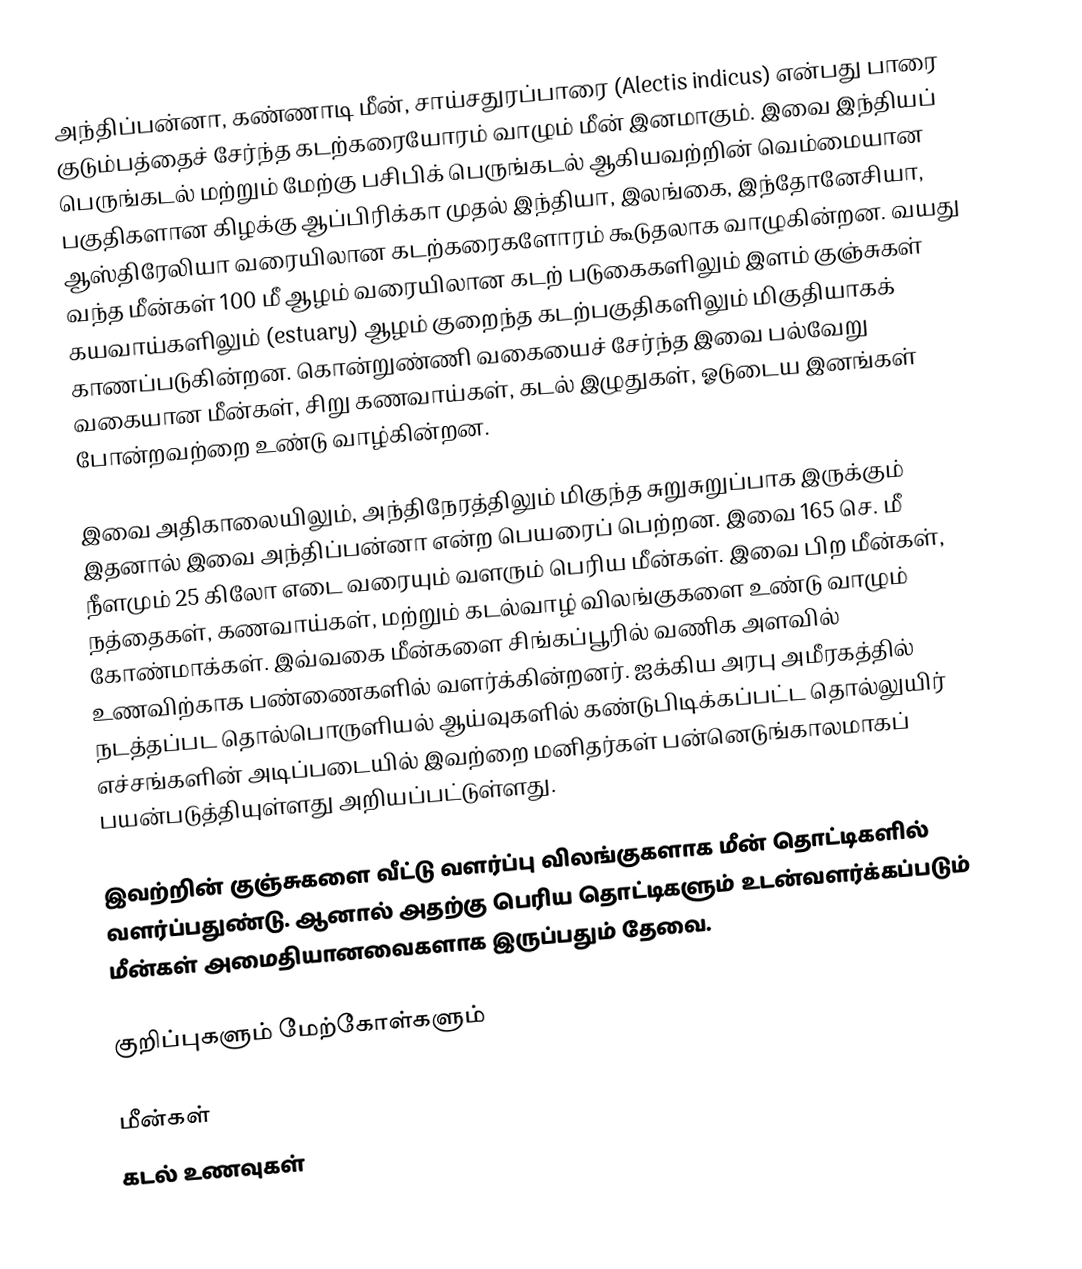
அந்திப்பன்னா,  கண்ணாடி மீன், சாய்சதுரப்பாரை (Alectis indicus) என்பது பாரை குடும்பத்தைச் சேர்ந்த கடற்கரையோரம் வாழும் மீன் இனமாகும். இவை இந்தியப் பெருங்கடல் மற்றும் மேற்கு பசிபிக் பெருங்கடல் ஆகியவற்றின் வெம்மையான பகுதிகளான கிழக்கு ஆப்பிரிக்கா முதல் இந்தியா, இலங்கை, இந்தோனேசியா, ஆஸ்திரேலியா வரையிலான கடற்கரைகளோரம் கூடுதலாக வாழுகின்றன. வயது வந்த மீன்கள் 100 மீ ஆழம் வரையிலான கடற் படுகைகளிலும் இளம் குஞ்சுகள் கயவாய்களிலும் (estuary) ஆழம் குறைந்த கடற்பகுதிகளிலும் மிகுதியாகக் காணப்படுகின்றன. கொன்றுண்ணி வகையைச் சேர்ந்த இவை பல்வேறு வகையான மீன்கள், சிறு கணவாய்கள், கடல் இழுதுகள், ஓடுடைய இனங்கள் போன்றவற்றை உண்டு வாழ்கின்றன.

இவை அதிகாலையிலும், அந்திநேரத்திலும் மிகுந்த சுறுசுறுப்பாக இருக்கும் இதனால் இவை அந்திப்பன்னா என்ற பெயரைப் பெற்றன. இவை 165 செ. மீ நீளமும் 25 கிலோ எடை வரையும் வளரும் பெரிய மீன்கள்.  இவை பிற மீன்கள், நத்தைகள், கணவாய்கள், மற்றும் கடல்வாழ் விலங்குகளை உண்டு வாழும் கோண்மாக்கள். இவ்வகை மீன்களை சிங்கப்பூரில் வணிக அளவில் உணவிற்காக பண்ணைகளில் வளர்க்கின்றனர். ஐக்கிய அரபு அமீரகத்தில் நடத்தப்பட தொல்பொருளியல் ஆய்வுகளில் கண்டுபிடிக்கப்பட்ட தொல்லுயிர் எச்சங்களின் அடிப்படையில் இவற்றை மனிதர்கள் பன்னெடுங்காலமாகப் பயன்படுத்தியுள்ளது அறியப்பட்டுள்ளது.

இவற்றின் குஞ்சுகளை வீட்டு வளர்ப்பு விலங்குகளாக மீன் தொட்டிகளில் வளர்ப்பதுண்டு. ஆனால் அதற்கு பெரிய தொட்டிகளும் உடன்வளர்க்கப்படும் மீன்கள் அமைதியானவைகளாக இருப்பதும் தேவை.

குறிப்புகளும் மேற்கோள்களும்

மீன்கள்
கடல் உணவுகள்